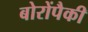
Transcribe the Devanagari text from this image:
बोरोंपैकी